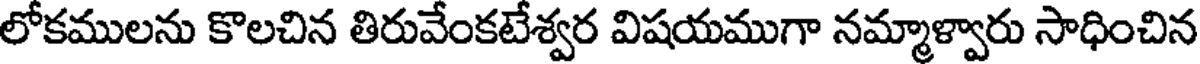
లోకములను కొలచిన తిరువేంకటేశ్వర విషయముగా నమ్మాళ్వారు సాధించిన